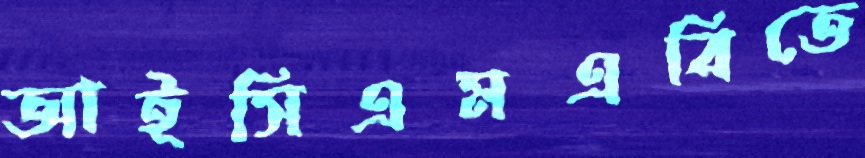
আইসিএমএবিতে